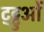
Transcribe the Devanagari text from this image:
ट्ट्टुओं